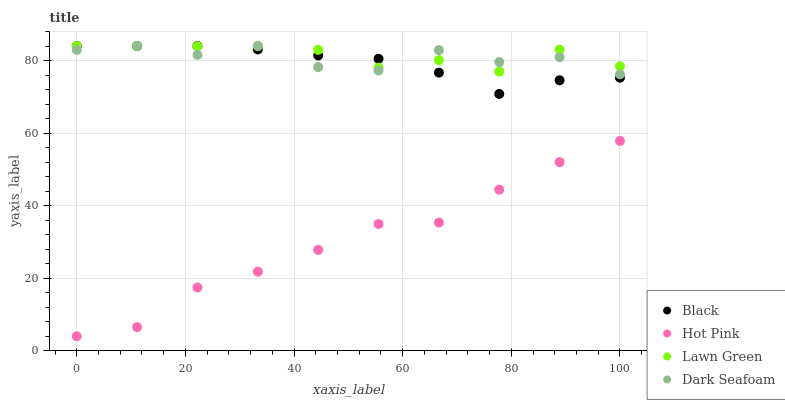
| xaxis_label | Black | Hot Pink | Lawn Green | Dark Seafoam |
 | --- | --- | --- | --- | --- |
 | 0 | 84 | 4 | 84 | 82.9 |
 | 11.1 | 84 | 6.52 | 84 | 84 |
 | 22.2 | 84 | 17.4 | 83.9 | 81.6 |
 | 33.3 | 83.1 | 21.8 | 84 | 84 |
 | 44.4 | 81.4 | 27.8 | 82.9 | 78.2 |
 | 55.6 | 80.5 | 34.9 | 78.1 | 77.2 |
 | 66.7 | 76.7 | 35.3 | 80.1 | 82.9 |
 | 77.8 | 70.8 | 44.4 | 77 | 79.6 |
 | 88.9 | 74.6 | 52 | 83 | 80.9 |
 | 100 | 75.3 | 57.8 | 78.4 | 76.2 |